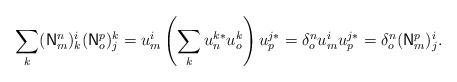
LaTeX: \begin{align*}\sum_{k}(\mathsf{N}_{m}^{n})_{k}^{i}(\mathsf{N}_{o}^{p})_{j}^{k}=u_{m}^{i}\left(\sum_{k}u_{n}^{k*}u_{o}^{k}\right)u_{p}^{j*}=\delta_{o}^{n}u_{m}^{i}u_{p}^{j*}=\delta_{o}^{n}(\mathsf{N}_{m}^{p})_{j}^{i}.\end{align*}